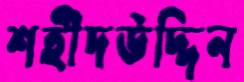
শহীদউদ্দিন